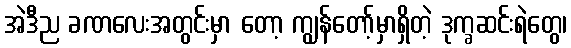
အဲဒီည ခဏလေးအတွင်းမှာ တော့ ကျွန်တော့်မှာရှိတဲ့ ဒုက္ခဆင်းရဲတွေ၊